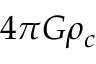
4 \pi G \rho _ { c }